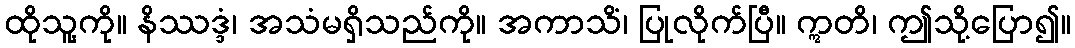
ထိုသူ့ကို။ နိဿဒ္ဒံ၊ အသံမရှိသည်ကို။ အကာသိံ၊ ပြုလိုက်ပြီ။ ဣတိ၊ ဤသို့ပြော၍။